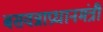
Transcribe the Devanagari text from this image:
बसवन्नाप्रधानमंत्री